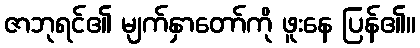
ဇာဘုရင်၏ မျက်နှာတော်ကို ဖူးနေ ပြန်၏။